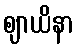
ဈာယိနာ